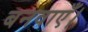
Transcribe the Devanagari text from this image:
बनवाएँ।